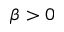
\beta > 0